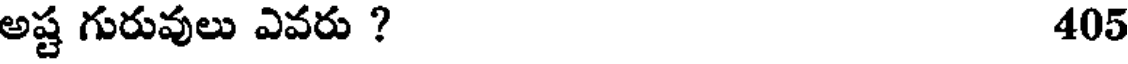
అష్ట గురువులు ఎవరు ? 405